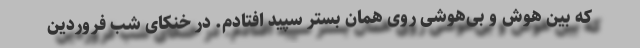
که بین هوش و بی‌هوشی روی همان بستر سپید افتادم. در خنکای شب فروردین